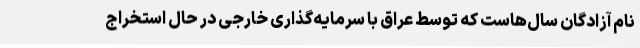
نام آزادگان سال‌هاست که توسط عراق با سرمایه‌گذاری خارجی در حال استخراج